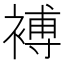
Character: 䙏